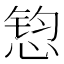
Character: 𱞲